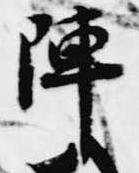
陣